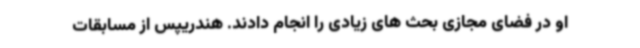
او در فضای مجازی بحث های زیادی را انجام دادند. هندریپس از مسابقات